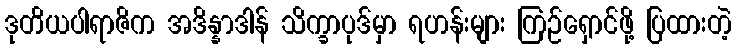
ဒုတိယပါရာဇိက အဒိန္နာဒါန် သိက္ခာပုဒ်မှာ ရဟန်းများ ကြဉ်ရှောင်ဖို့ ပြထားတဲ့